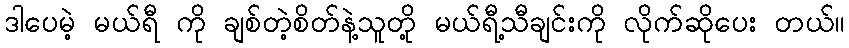
ဒါပေမဲ့ မယ်ရီ ကို ချစ်တဲ့စိတ်နဲ့သူတို့ မယ်ရီ့သီချင်းကို လိုက်ဆိုပေး တယ်။